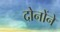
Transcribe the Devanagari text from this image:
दोनोंने